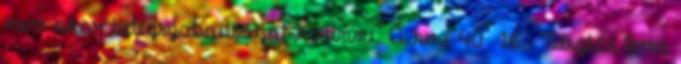
nem akar betegszabadságot kivenni. A keri 40 16.: Tésztás leves